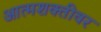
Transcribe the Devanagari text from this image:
आत्मशक्तीवर